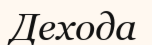
Дехода